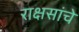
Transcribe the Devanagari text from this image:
राक्षसांचे